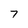
Character: 7